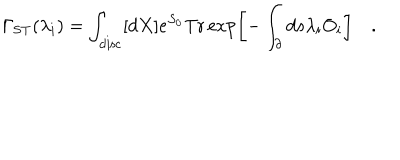
LaTeX: \Gamma _ { \mathrm { S T } } ( \lambda _ { i } ) = \int _ { \mathrm { d i s c } } [ d X ] e ^ { S _ { 0 } } \mathrm { T r } \exp \left[ - \int _ { \partial } d s \lambda _ { i } O _ { i } \right] \quad .